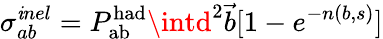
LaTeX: \sigma_{ab}^{\mathit{i}nel}=P_{\mathrm{{ab}}}^{\mathrm{{had}}}\intd^{2}{\vec{{b}}}[1-e^{-n(b,s)}]